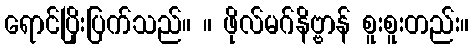
ရောင်ပြိုးပြက်သည်။ ။ ဖိုလ်မဂ်နိဗ္ဗာန် စူးစူးတည်း။